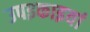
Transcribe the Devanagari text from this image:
उपइकाइयां